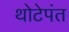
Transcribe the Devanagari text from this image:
थोटेपंत